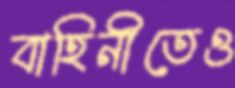
বাহিনীতেও